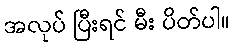
အလုပ် ပြီးရင် မီး ပိတ်ပါ။